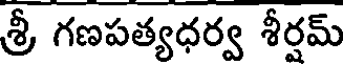
శ్రీ గణపత్యధర్వ శీర్షమ్